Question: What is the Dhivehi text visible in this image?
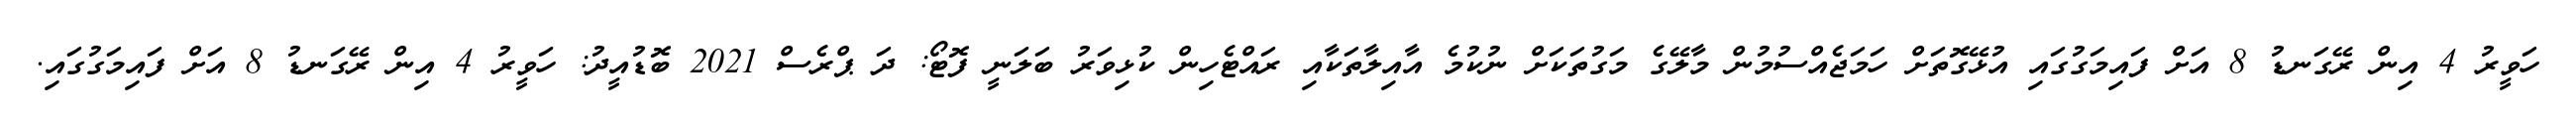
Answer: ހަވީރު 4 އިން ރޭގަނޑު 8 އަށް ފައިމަގުގައި އުޅޭގޮތަށް ހަމަޖެއްސުމުން މާލޭގެ މަގުތަކަށް ނުކުމެ އާއިލާތަކާއި ރައްޓެހިން ކުޅިވަރު ބަލަނީ ފޮޓޯ: ދަ ޕްރެސް 2021 ބޮޑުއީދު: ހަވީރު 4 އިން ރޭގަނޑު 8 އަށް ފައިމަގުގައި.